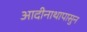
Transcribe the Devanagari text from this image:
आदीनाथापासुन